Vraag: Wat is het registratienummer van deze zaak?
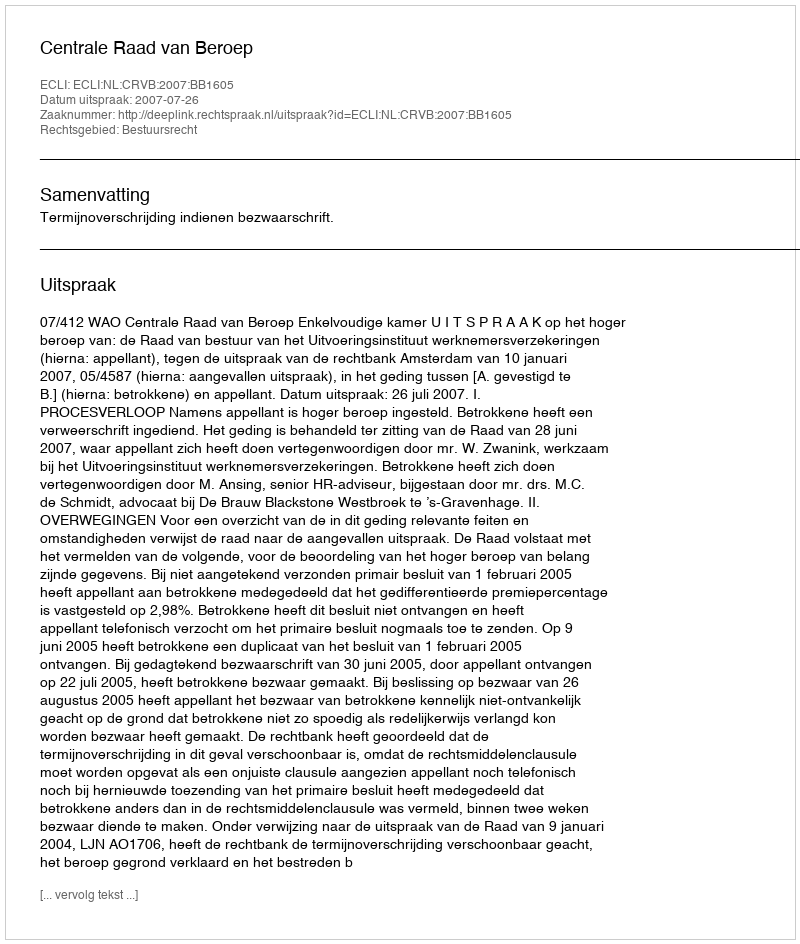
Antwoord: http://deeplink.rechtspraak.nl/uitspraak?id=ECLI:NL:CRVB:2007:BB1605